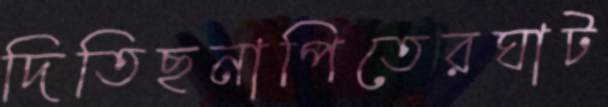
দিতিছনাপিতেরঘাট